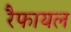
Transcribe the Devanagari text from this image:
रैफायल